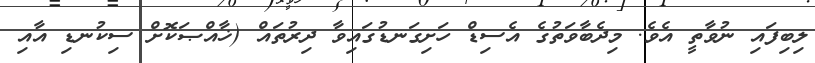
ލިބިފައި ނުވާތީ އެވެ. މިދެބާވަތުގެ އެސިޑް ހަށިގަނޑުގައިވާ ދިރުތައް (ޚާއްޞަކޮށް ސިކުނޑި އާއި